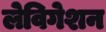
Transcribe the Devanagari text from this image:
लेविगेशन